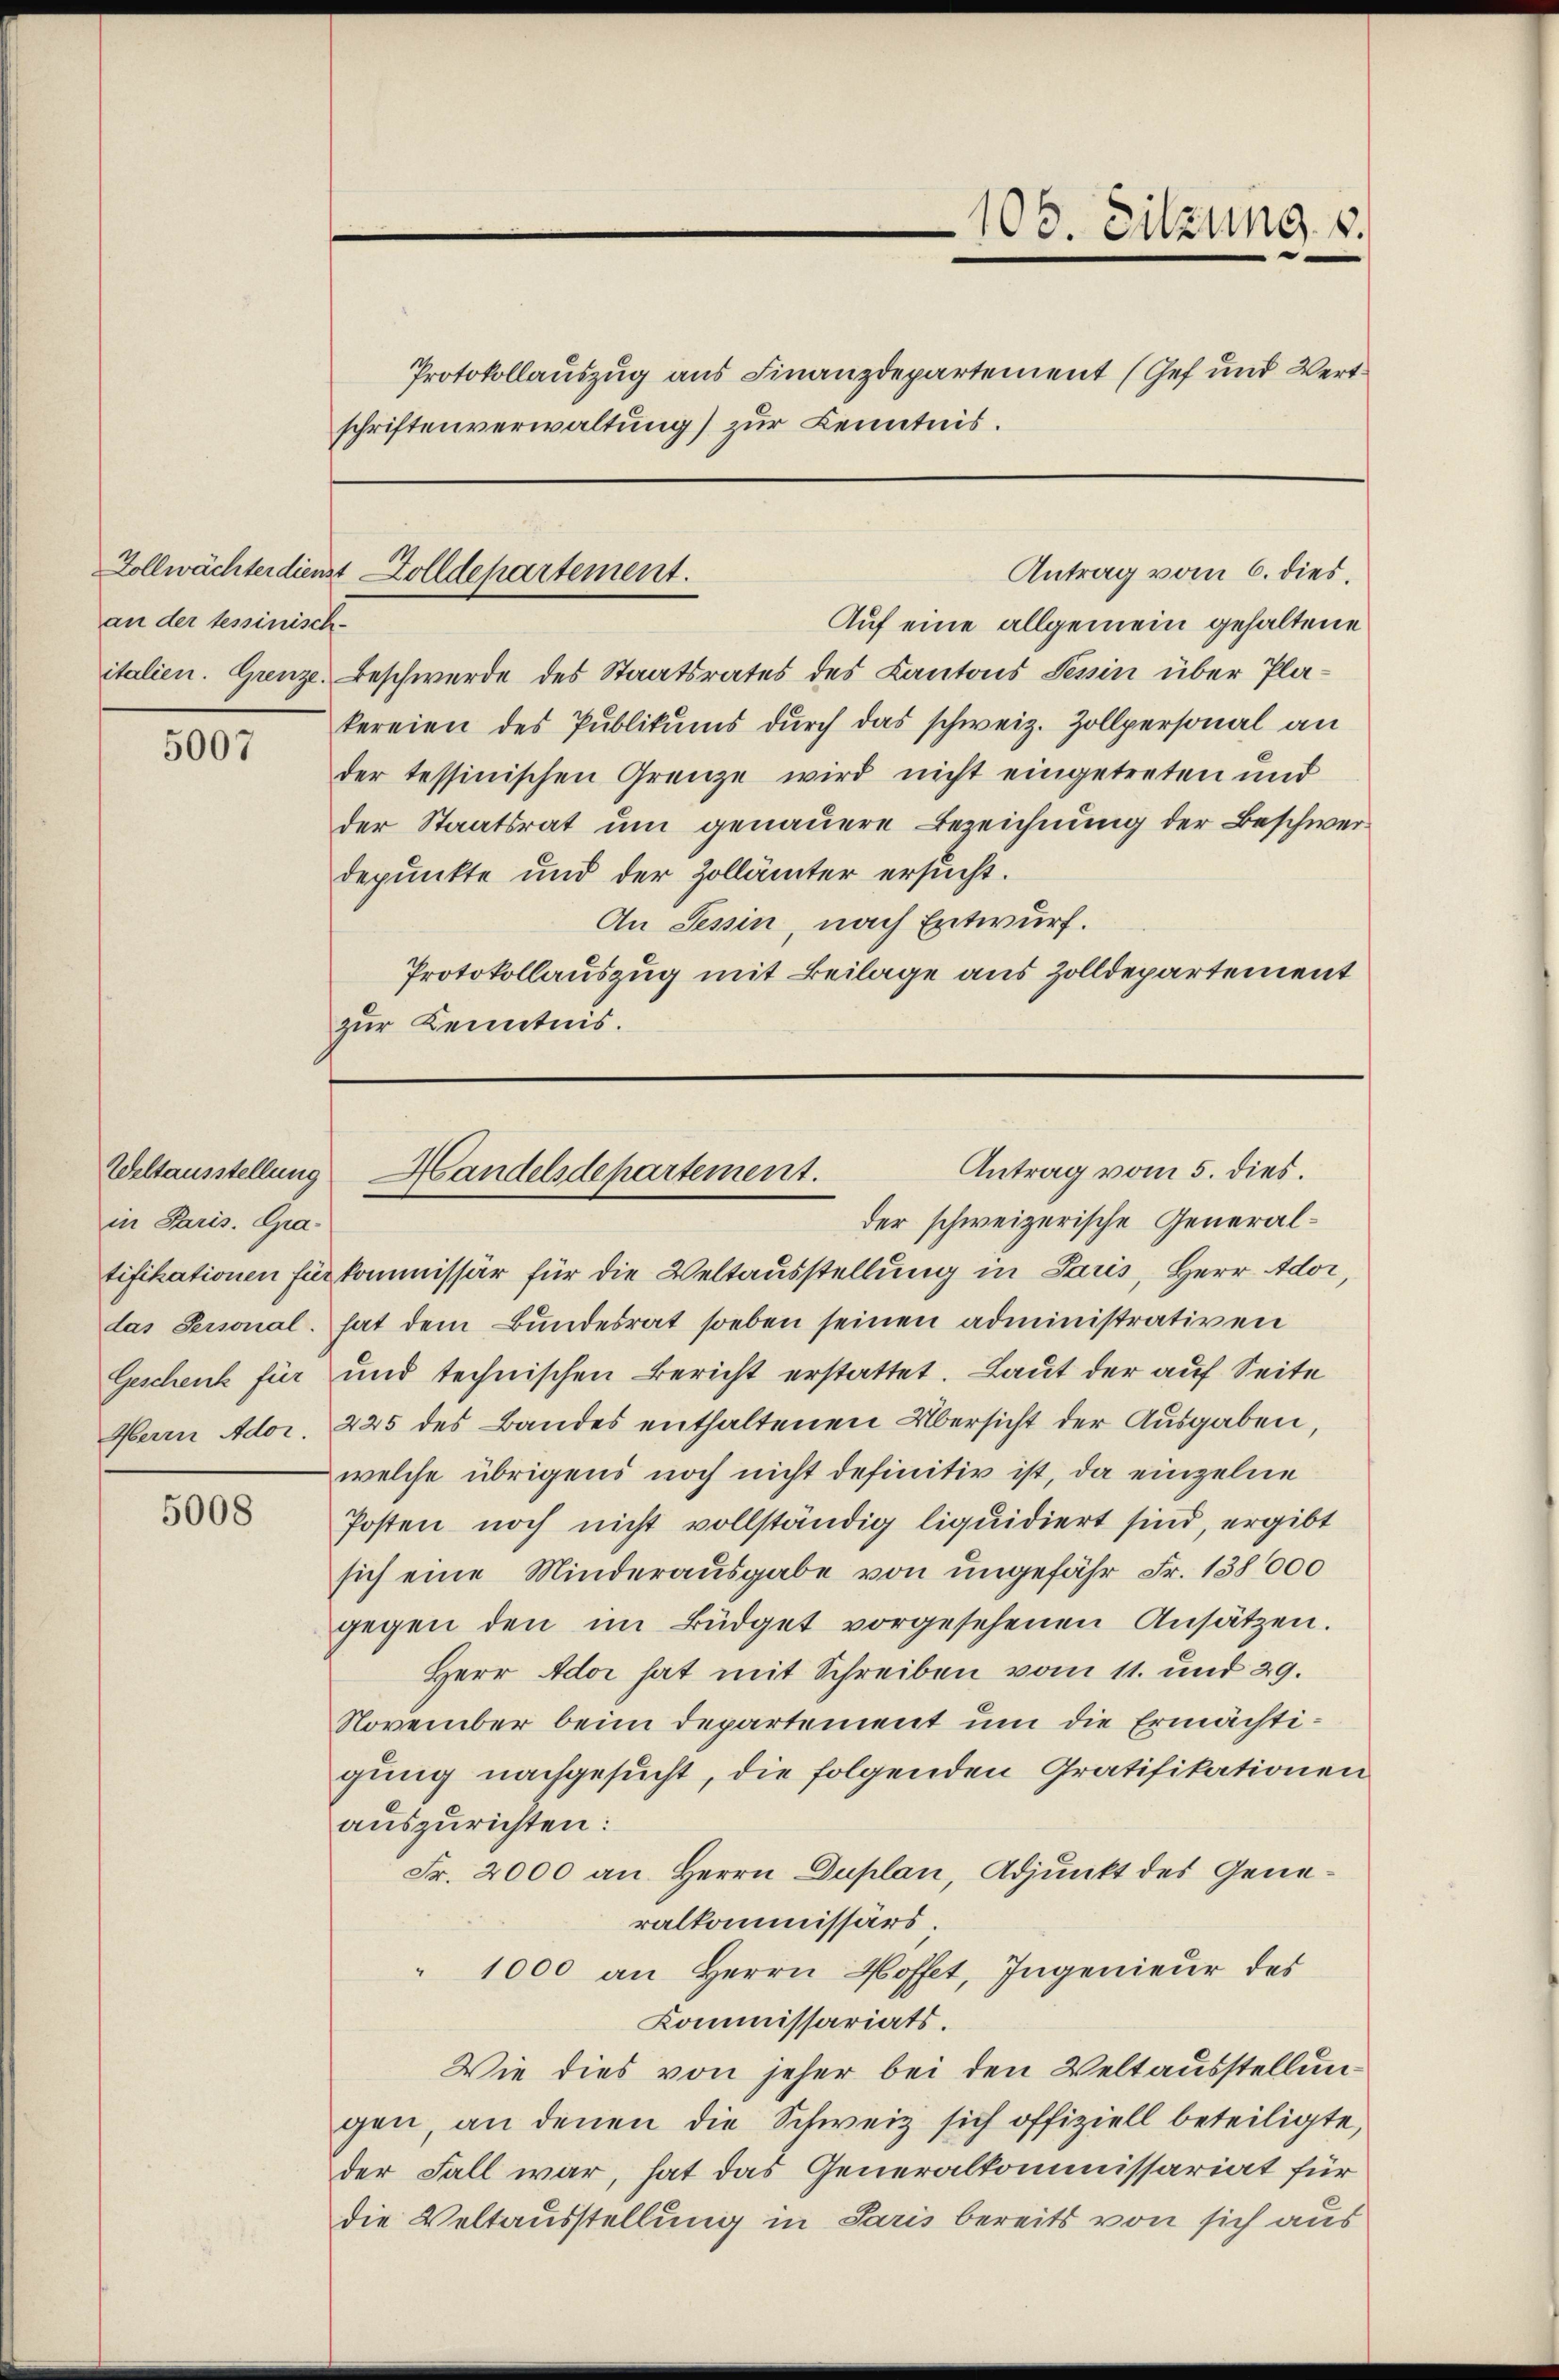
an der tessinisch-

5007

in Paris. Gra-
das Personal.
Geschenk für
Herrn Ador.

5008

Protokollauszug aus Finanzdepartement (Gef und Wertschriftenverwaltung) zur Kenntnis.

Zollwächterdienst Dolldepartement.

108. Sitzung v

Auf eine allgemein gehaltene
italien. Grenze. Beschwerde des Staatsrates des Kantons Tessin über Plakereien des Publikums durch das schweiz. Zollpersonal an
der tessinischen Grenze wird nicht eingetreten und
der Staatsrat um genauere Bezeichnung der Beschwerdepunkte und der Zollämter ersucht.
An Tessin, nach Entwurf.
Protokollauszug mit Beilage aus Zolldepartement
zur Kenntnis.

Antrag vom 6. dies.

Antrag vom 5. dies.
Weltausstellung Handelsdepartement.

der schweizerische Generaltifikationen für kommissär für die Weltausstellung in Saus, Herr Ador,
hat dem Bundesrat soeben seinen administrativen
und technischen Bericht erstattet. Laut der auf Seite
225 des Bandes enthaltenen Übersicht der Ausgaben,
welche übrigens noch nicht definitiv ist, da einzelne
Posten noch nicht vollständig liquidiert sind, ergibt
sich eine Minderausgabe von ungefähr Fr. 138000
gegen den im Büdget vorgesehenen Ansätzen.
Herr Ador hat mit Schreiben vom 11. und 29.
November beim Departement um die Ermächtigung nachgesucht, die folgenden Gratifikationen
auszurichten:
Fr. 2000 an Herrn Duplan, Adjunkt des Generalkommissärs.
" 1000 an Herrn Hoffet, Ingenieur des
Kommissariats.
Wie dies von jeher bei den Veltausstellungen, an denen die Schweiz sich offiziell beteiligte,
der Fall war, hat das Generalkommissariat für
die Veltausstellung in Paris bereits von sich aus